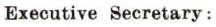
Executive Secretary: